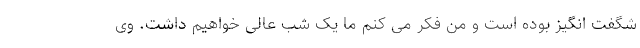
شگفت انگیز بوده است و من فکر می کنم ما یک شب عالی خواهیم داشت. وی